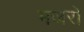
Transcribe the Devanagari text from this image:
मजरो